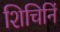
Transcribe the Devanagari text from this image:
शिचिनिं